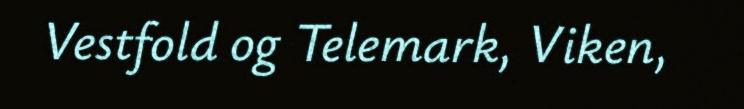
Vestfold og Telemark, Viken,